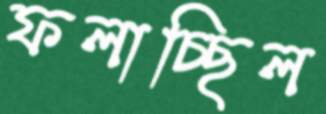
ফলাচ্ছিল